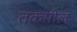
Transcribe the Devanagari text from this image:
तकमील